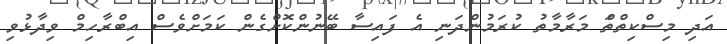
އަދި މިސްކިތްތަް މަރާމާތު ކުރަމުންދަނި އެ ފައިސާ ބޭނުންކޮށްގެން ކަަމަށްވެސް އިބްރާހިމް ވިދާޅުވި